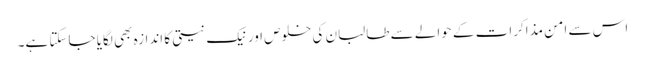
اس سے امن مذاکرات کے حوالے سے طالبان کی خلوص اور نیک نیتی کا اندازہ بھی لگایا جاسکتا ہے۔